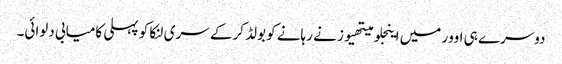
دوسرے ہی اوور میں اینجلو میتھیوز نے رہانے کو بولڈ کرکے سری لنکا کو پہلی کامیابی دلوائی۔